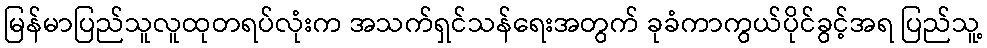
မြန်မာပြည်သူလူထုတရပ်လုံးက အသက်ရှင်သန်ရေးအတွက် ခုခံကာကွယ်ပိုင်ခွင့်အရ ပြည်သူ့